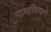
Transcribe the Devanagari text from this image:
नामाभिधाने